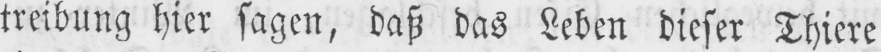
treibung hier sagen, daß das Leben dieser Thiere